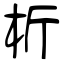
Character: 析